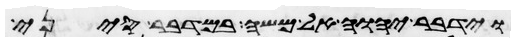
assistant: וידבר יהוה אל משה במדבר סיני